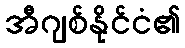
အီဂျစ်နိုင်ငံ၏